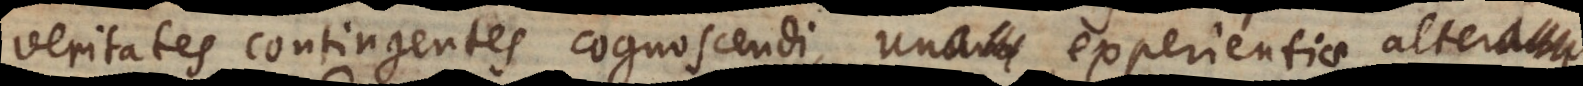
veritates contingentes cognoscendi, unum experientiae, alteru